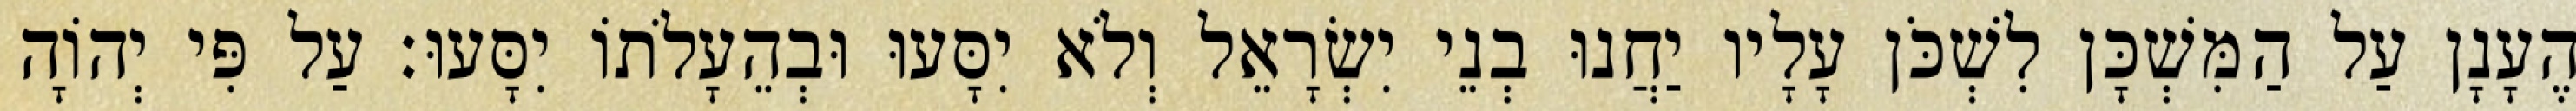
הֶעָנָן עַל הַמִּשְׁכָּן לִשְׁכֹּן עָלָיו יַחֲנוּ בְנֵי יִשְׂרָאֵל וְלֹא יִסָּעוּ וּבְהֵעָלֹתוֹ יִסָּעוּ׃ עַל פִּי יְהוָֹה